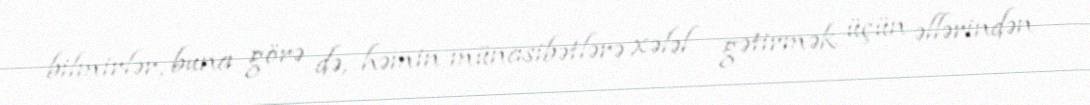
bilmirlər, buna görə də, həmin münasibətlərə xələl gətirmək üçün əllərindən